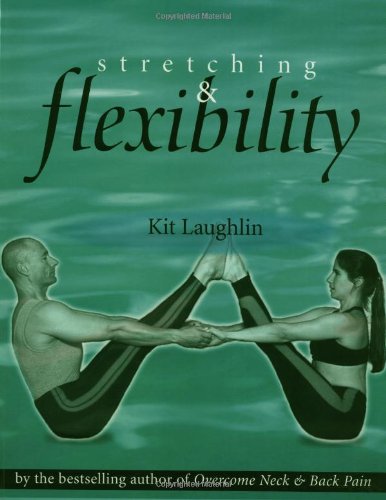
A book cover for Stretching & Flexibility; Kit Laughlin; Health, Fitness & Dieting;